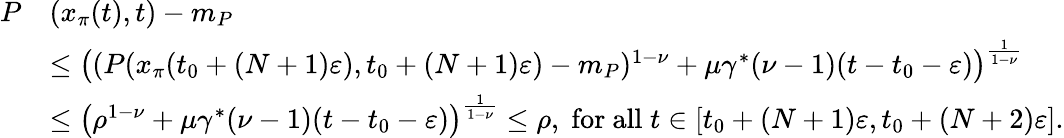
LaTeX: \begin{array}{rl}{P}&{(x_{\pi}(t),t)-m_{P}}\\ &{\le\big((P(x_{\pi}(t_{0}+(N+1)\varepsilon),t_{0}+(N+1)\varepsilon)-m_{P})^{1-\nu}+\mu\gamma^{*}(\nu-1)(t-t_{0}-\varepsilon)\big)^{\frac{1}{1-\nu}}}\\ &{\le\big(\rho^{1-\nu}+\mu\gamma^{*}(\nu-1)(t-t_{0}-\varepsilon)\big)^{\frac{1}{1-\nu}}\le\rho,\; \mathrm{for~all}\; t\in[t_{0}+(N+1)\varepsilon,t_{0}+(N+2)\varepsilon].}\end{array}